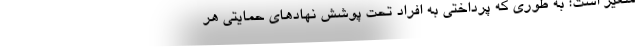
متغیر است؛ به طوری که پرداختی به افراد تحت پوشش نهادهای حمایتی هر